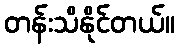
တန်းသိနိုင်တယ်။